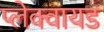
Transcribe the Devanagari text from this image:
प्लेक्वायड